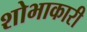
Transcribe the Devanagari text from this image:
शोभाकारी